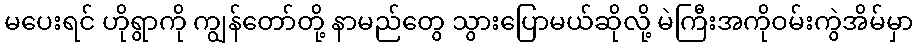
မပေးရင် ဟိုရွာကို ကျွန်တော်တို့ နာမည်တွေ သွားပြောမယ်ဆိုလို့ မဲကြီးအကိုဝမ်းကွဲအိမ်မှာ